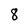
Character: 8